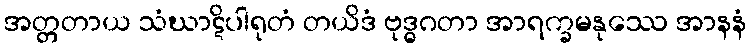
အတ္တတာယ သံဃာဋိပါရုတံ တယိဒံ ဗုဒ္ဓဂတာ အာရက္ခမနုဿေ အာနနံ